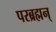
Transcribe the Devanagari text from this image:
परब्रह्मन्